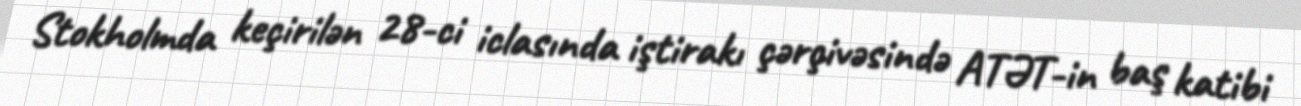
Stokholmda keçirilən 28-ci iclasında iştirakı çərçivəsində ATƏT-in baş katibi